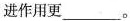
进作用更___。